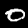
Label: 0